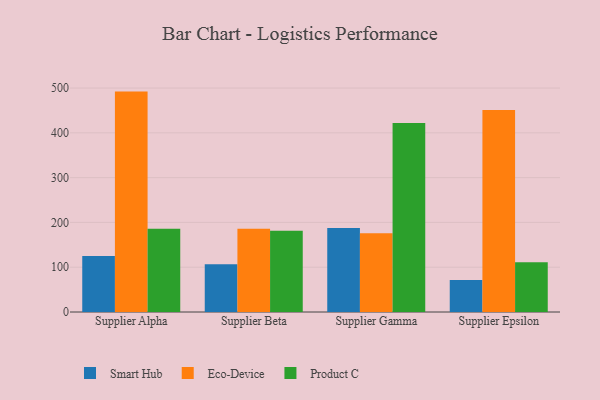
{"axis": {"x": "Supplier", "y": "Latency (ms)"}, "legend": ["Eco-Device", "Product C", "Smart Hub"], "data": [{"x": "Supplier Alpha", "y": 124.8, "type": "Smart Hub"}, {"x": "Supplier Alpha", "y": 492.1, "type": "Eco-Device"}, {"x": "Supplier Alpha", "y": 185.6, "type": "Product C"}, {"x": "Supplier Beta", "y": 106.4, "type": "Smart Hub"}, {"x": "Supplier Beta", "y": 185.8, "type": "Eco-Device"}, {"x": "Supplier Beta", "y": 181.5, "type": "Product C"}, {"x": "Supplier Gamma", "y": 187.4, "type": "Smart Hub"}, {"x": "Supplier Gamma", "y": 175.6, "type": "Eco-Device"}, {"x": "Supplier Gamma", "y": 422.1, "type": "Product C"}, {"x": "Supplier Epsilon", "y": 71.3, "type": "Smart Hub"}, {"x": "Supplier Epsilon", "y": 451.2, "type": "Eco-Device"}, {"x": "Supplier Epsilon", "y": 110.9, "type": "Product C"}]}